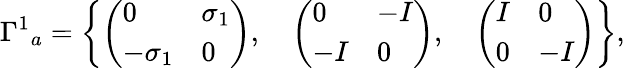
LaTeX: {\Gamma^{1}}_{a}=\left\{ \left(\begin{array}{ll}{{0}}&{{\sigma_{1}}}\\ {{-\sigma_{1}}}&{{0}}\end{array}\right),\quad\left(\begin{array}{ll}{{0}}&{{-I}}\\ {{-I}}&{{0}}\end{array}\right),\quad\left(\begin{array}{ll}{{I}}&{{0}}\\ {{0}}&{{-I}}\end{array}\right)\right\} ,